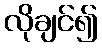
လိုချင်၍